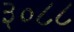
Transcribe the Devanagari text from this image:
३०८८